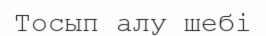
Тосып алу шебі